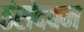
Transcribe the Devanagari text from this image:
ठंसंदबम